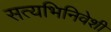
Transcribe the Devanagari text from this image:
सत्यभिनिवेशी